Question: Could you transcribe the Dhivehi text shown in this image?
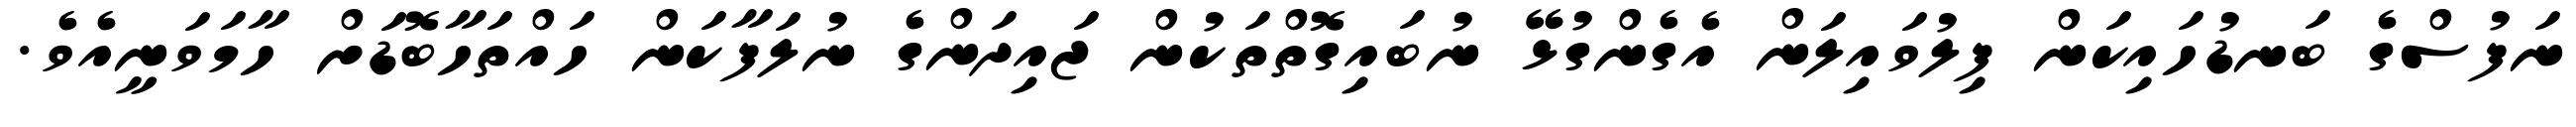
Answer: ނަފުސްގެ ބަނޑުހައިކަން ފިލުވައިލަން އެގެންގުޅޭ ނުބައިގޮތްތަކުން ޖައިދަންގެ ނުލަފާކަން ހައްތަހާބޮޑަށް ހާމަވަނީއެވެ.